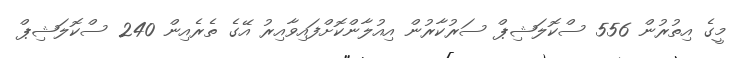
މީގެ އިތުރުން 556 ސްކޮލަޝިޕް ސަރުކާރުން އިއުލާންކޮށްފައިވާއިރު އޭގެ ތެރެއިން 240 ސްކޮލަޝިޕް